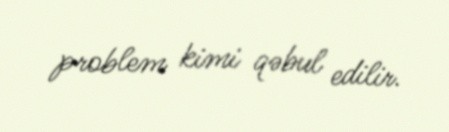
problem kimi qəbul edilir.